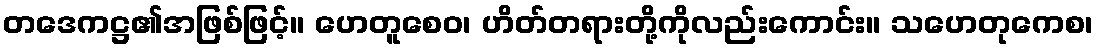
တဒေကဋ္ဌ၏အဖြစ်ဖြင့်။ ဟေတူစေဝ၊ ဟိတ်တရားတို့ကိုလည်းကောင်း။ သဟေတုကေစ၊